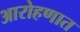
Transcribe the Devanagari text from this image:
आरोहणात